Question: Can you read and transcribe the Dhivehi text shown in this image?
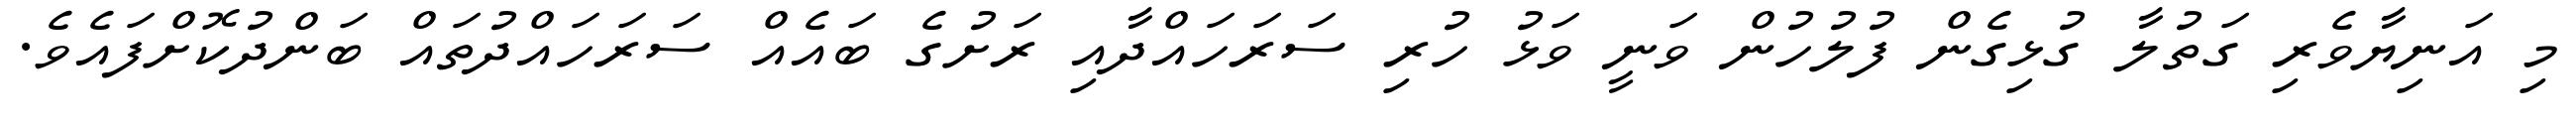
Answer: މި އަނިޔާވެރި ގަތުލާ ގުޅިގެން ފުލުހުން ވަނީ ވަޅު ހުރި ސަރަހައްދާއި ރަށުގެ ބައެއް ސަރަހައްދުތައް ބަންދުކޮށްފައެވެ.